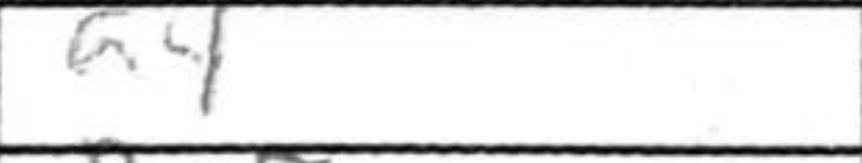
Transcription: a4